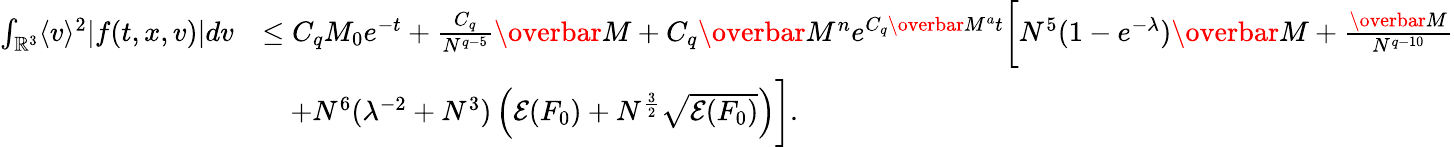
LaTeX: \begin{array}{rl}{\int_{\mathbb{R}^{3}}\langle v\rangle^{2}\vert f(t,x,v)\vert dv}&{\leq C_{q}M_{0}e^{-t}+\frac{C_{q}}{N^{q-5}}\overbar{M}+C_{q}\overbar{M}^{n}e^{C_{q}\overbar{M}^{a}t}\bigg[N^{5}(1-e^{-\lambda})\overbar{M}+\frac{\overbar{M}}{N^{q-10}}}\\ &{\quad+N^{6}(\lambda^{-2}+N^{3})\left(\mathcal{E}(F_{0})+N^{\frac{3}{2}}\sqrt{\mathcal{E}(F_{0})}\right)\bigg].}\end{array}